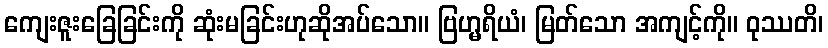
ကျေးဇူးခြေခြင်းကို ဆုံးမခြင်းဟုဆိုအပ်သော။ ဗြဟ္မရိယံ၊ မြတ်သော အကျင့်ကို။ ဝုဿတိ၊